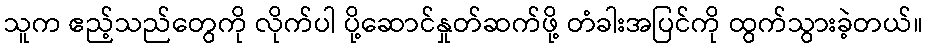
သူက ဧည့်သည်တွေကို လိုက်ပါ ပို့ဆောင်နှုတ်ဆက်ဖို့ တံခါးအပြင်ကို ထွက်သွားခဲ့တယ်။